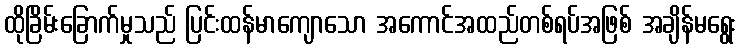
ထိုခြိမ်းခြောက်မှုသည် ပြင်းထန်မာကျောသော အကောင်အထည်တစ်ရပ်အဖြစ် အချိန်မရွေး